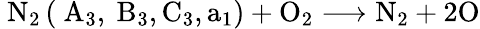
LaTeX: \mathrm{~N}_{2}\left(\mathrm{~A}_{3},\mathrm{~B}_{3},\mathrm{C}_{3},\mathrm{a}_{1}\right)+\mathrm{O}_{2}\longrightarrow\mathrm{N}_{2}+2\mathrm{O}